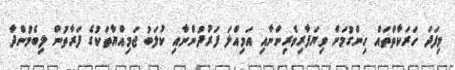
މިފަދަ ހަރަކާތްތައް ހިންގުމަށް ވިޔަފާރިވެރިންނާއި އަމިއްލަ ފަރުދުންނާއި ކުލަބު ޖަމިއްޔާތަކުގެ ފަރާތުން ލިބެމުންދާ